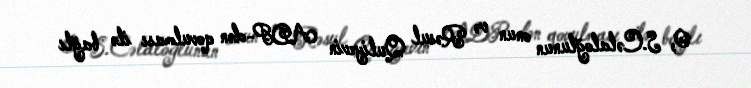
O, S.Cəlaloğlunun onun və Rəsul Quliyevin ADP-dən qovulması ilə bağlı